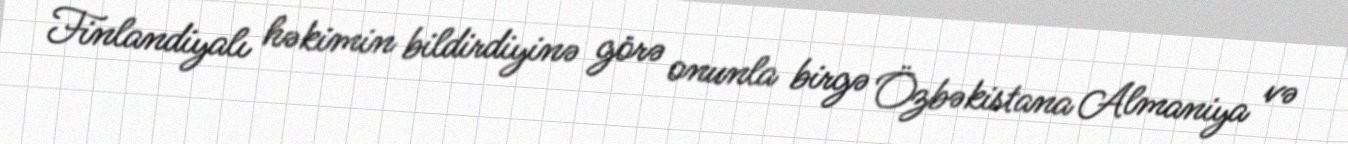
Finlandiyalı həkimin bildirdiyinə görə onunla birgə Özbəkistana Almaniya və